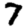
Digit: 7